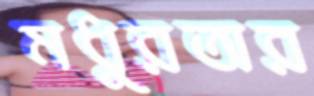
মধুরতার